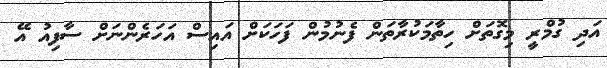
އަދި ގުމްރީ މިގޮތަށް ހިތާމަކުރާތަން ފެނުމުން ފަހަކަށް އައިސް އަހަރެންނަށް ސާފިއު އޭ